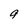
Character: 9